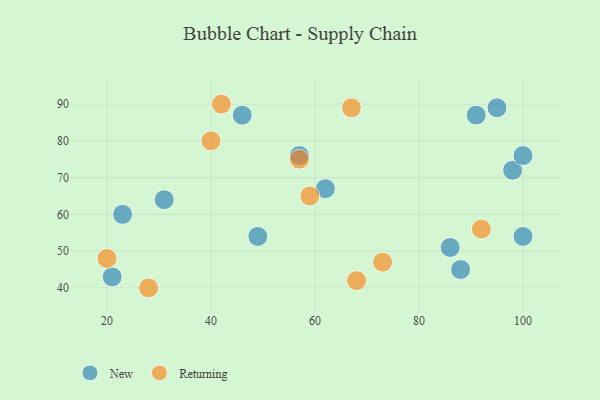
{"axis": {"x": "GDP", "y": "Life Expectancy"}, "legend": ["New", "Returning"], "data": [{"x": "49", "y": 54, "type": "New"}, {"x": "86", "y": 51, "type": "New"}, {"x": "21", "y": 43, "type": "New"}, {"x": "98", "y": 72, "type": "New"}, {"x": "95", "y": 89, "type": "New"}, {"x": "100", "y": 54, "type": "New"}, {"x": "91", "y": 87, "type": "New"}, {"x": "31", "y": 64, "type": "New"}, {"x": "88", "y": 45, "type": "New"}, {"x": "57", "y": 76, "type": "New"}, {"x": "23", "y": 60, "type": "New"}, {"x": "62", "y": 67, "type": "New"}, {"x": "100", "y": 76, "type": "New"}, {"x": "46", "y": 87, "type": "New"}, {"x": "59", "y": 65, "type": "Returning"}, {"x": "68", "y": 42, "type": "Returning"}, {"x": "28", "y": 40, "type": "Returning"}, {"x": "42", "y": 90, "type": "Returning"}, {"x": "73", "y": 47, "type": "Returning"}, {"x": "40", "y": 80, "type": "Returning"}, {"x": "67", "y": 89, "type": "Returning"}, {"x": "20", "y": 48, "type": "Returning"}, {"x": "92", "y": 56, "type": "Returning"}, {"x": "57", "y": 75, "type": "Returning"}]}